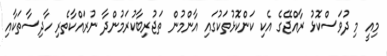
މިއީ މި ދުވަސްކޮޅު ރާއްޖޭގެ އެކި ކަންކޮޅުތަކުގައި އާންމުން ތަޖުރިބާކުރަމުންދާ ނުރައްކާތެރި ހާދިސާތަކާއި